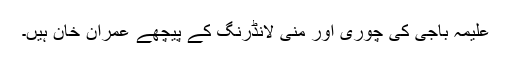
علیمہ باجی کی چوری اور منی لانڈرنگ کے پیچھے عمران خان ہیں۔